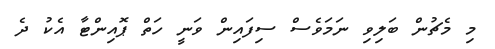
މި މެޗުން ބަލިވި ނަމަވެސް ސިފައިން ވަނީ ހަތް ޕޮއިންޓާ އެކު ދެ